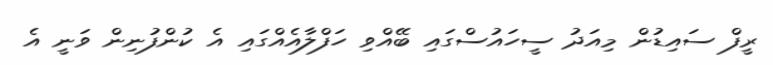
ރީފް ސައިޑުން މިއަދު ސީހައުސްގައި ބޭއްވި ހަފްލާއެއްގައި އެ ކުންފުނިން ވަނީ އެ